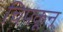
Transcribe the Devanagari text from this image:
चिपकून